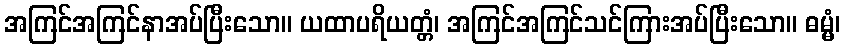
အကြင်အကြင်နာအပ်ပြီးသော။ ယထာပရိယတ္တံ၊ အကြင်အကြင်သင်ကြားအပ်ပြီးသော။ ဓမ္မံ၊